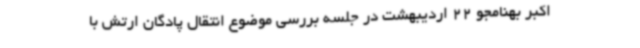
اکبر بهنامجو 22 اردیبهشت در جلسه بررسی موضوع انتقال پادگان ارتش با